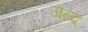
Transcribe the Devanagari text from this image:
जल्द